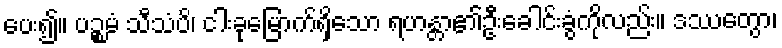
ပေး၍။ ပဉ္စမံ သီသံပိ၊ ငါးခုမြောက်ရှိသော ရဟန္တာ၏ဦးခေါင်းခွံကိုလည်း။ ဒဿေတွာ၊